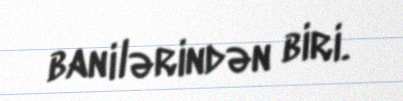
banilərindən biri.